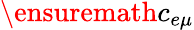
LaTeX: \ensuremath{c_{e\mu}}